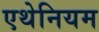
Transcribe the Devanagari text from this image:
एथेनियम